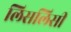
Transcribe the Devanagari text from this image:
लिसलिसी